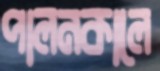
পালনকালে